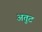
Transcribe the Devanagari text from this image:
अतुट